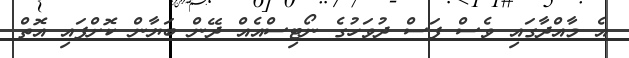
އެ މާއްދާގައި ވެސް ފަސް ދުވަހުގެ ނޯޓިސްއެއް ދޭން ބަޔާން ކޮށްފައި އޮތް